Leaving Certificate Examination, 1905
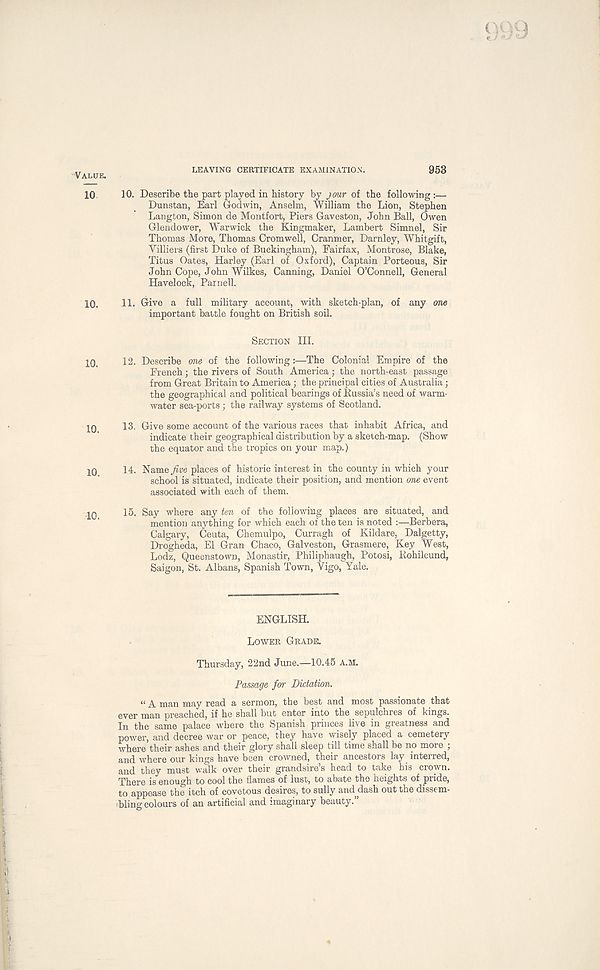
LEAVING CEKTIFICATE EXAMINATION.
953
10. Describe the part played in history by jour of the following:—
Dunstan, Earl Godwin, Anselm, William the Lion, Stephen
Langfcon, Simon de Montfort, Piers Gaveston, John Ball, Owen
Glendower, Warwick the Kingmaker, Lambert Simnel, Sir
Thomas More, Thomas Cromwell, Cranmer, Darnley, Whitgift,
Yilliers (first Duke of Buckingham), Fairfax, Montrose, Blake,
Titus Oates, Harley (Earl of Oxford), Captain Porteous, Sir
John Cope, John Wilkes, Canning, Daniel O’Connell, General
Havelock, Parnell.
11. Give a full military account, with sketch-plan, of any one
important battle fought on British soil.
SECTION III.
12. Describe me of the following:—The Colonial Empire of the
French; the rivers of South America; the north-east passage
from Great Britain to America ; the principal cities of Australia;
the geographical and political bearings of Russia’s need of warm-
water sea-ports; the railway systems of Scotland.
13. Give some account of the various races that inhabit Africa, and
indicate their geographical distribution by a sketch-map. (Show
the equator and the tropics on your map.)
14. Name five places of historic interest in the county in which your
school is situated, indicate their position, and mention one event
associated with each of them.
15. Say where any ten of the following places are situated, and
mention anything for which each of the ten is noted :—Berbera,
Calgary, Ceuta, Chemulpo, Curragh of Kildare, Dalgetty,
Drogheda, El Gran Chaco, Galveston, Grasmere, Key West,
Lodz, Queenstown, Monastir, Philiphaugh, Potosi, Rohilcund,
Saigon, St. Albans, Spanish Town, Vigo, Yale.
ENGLISH.
LOWER GRADE.
Thursday, 22nd June.—10.45 A.H.
Passage for Dictation.
“ A man may read a sermon, the best and most passionate that
ever man preached, if he shall but enter into the sepulchres of kings.
In the same palace where the Spanish princes live in greatness and
power, and decree war or peace, they have wisely placed a cemetery
where their ashes and their glory shall sleep till time shall be no more ;
and where our kings have been crowned, their ancestors lay interred,
and they must walk over their grandsire’s head to take his crown.
There is enough to cool the flames of lust, to abate the heights of pride,
to appease the itch of covetous desires, to sully and dash out the dissem-
bling colours of an artificial and imaginary beauty.”